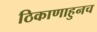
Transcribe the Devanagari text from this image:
ठिकाणाहुनच